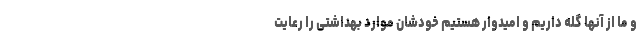
و ما از آنها گله داریم و امیدوار هستیم خودشان موارد بهداشتی را رعایت